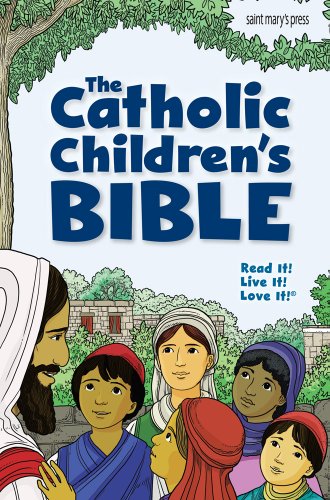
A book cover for The Catholic Children's Bible (paperback); Christian Books & Bibles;